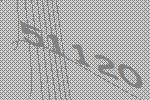
51120